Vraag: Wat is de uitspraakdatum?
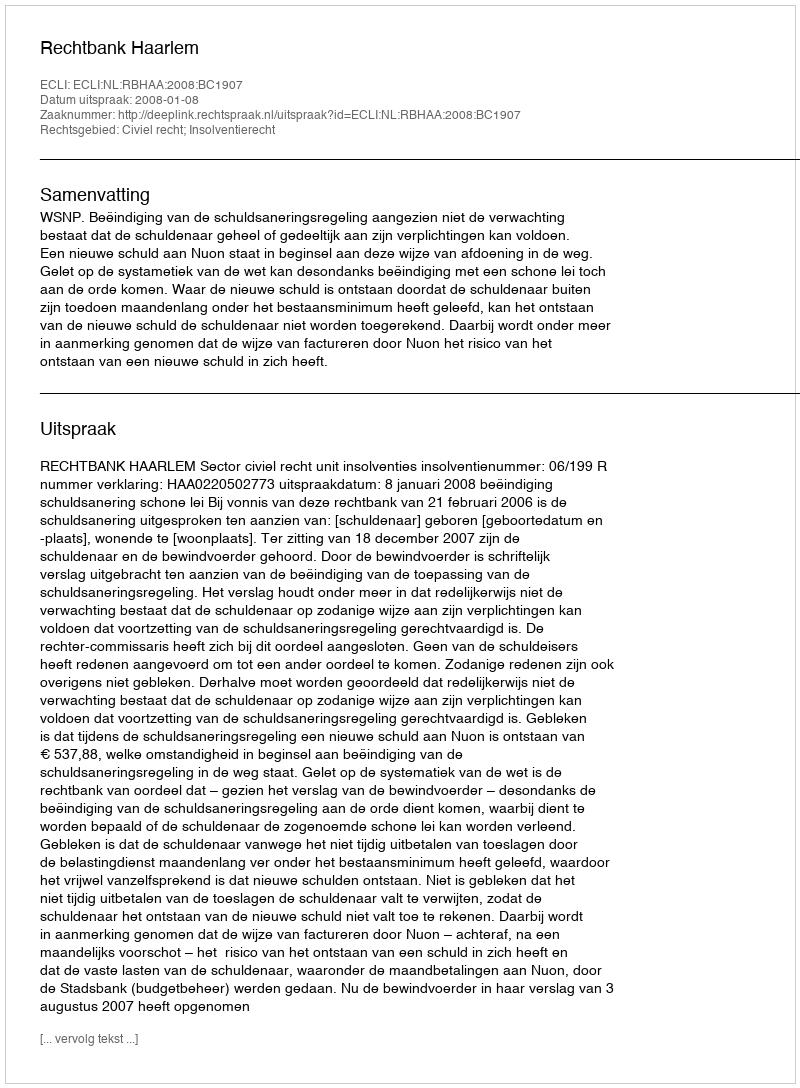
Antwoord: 2008-01-08